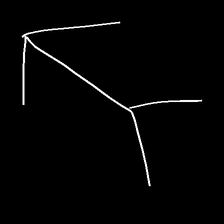
Glyph: gather